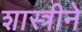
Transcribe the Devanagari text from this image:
शास्त्रीने